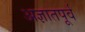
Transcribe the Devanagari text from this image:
अज्ञातपूर्व